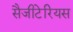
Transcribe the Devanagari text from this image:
सैजीटेरियस